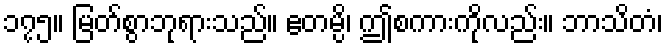
၁၇၅။ မြတ်စွာဘုရားသည်။ ဧတမ္ပိ၊ ဤစကားကိုလည်း။ ဘာသိတံ၊